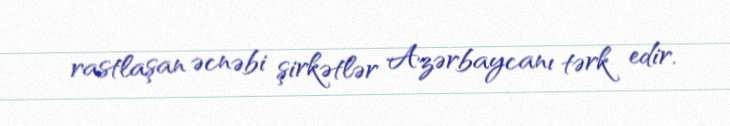
rastlaşan əcnəbi şirkətlər Azərbaycanı tərk edir.